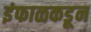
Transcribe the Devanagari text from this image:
इंफाळकडून